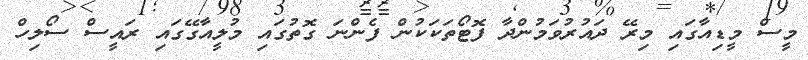
މީސް މީޑިއާގައި މިރޭ ދައުރުވަމުންދާ ފޮޓޯތަކަކުން ފެންނަ ގޮތުގައި މުލީއާގޭގައި ރައީސް ސޯލިހް